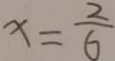
x = \frac { 2 } { 6 }